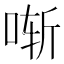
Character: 𫪚